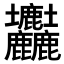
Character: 𡔚